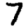
Digit: 7